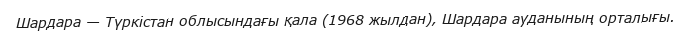
Шардара — Түркістан облысындағы қала (1968 жылдан), Шардара ауданының орталығы.